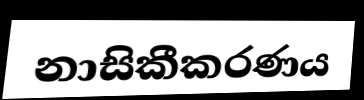
නාසිකීකරණය